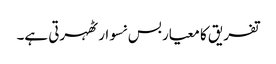
تفریق کا معیار بس نسوار ٹھہرتی ہے۔